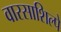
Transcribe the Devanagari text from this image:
वारसाशिल्पे